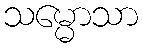
သမ္မောသာ